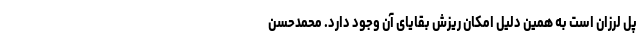
پل لرزان است به همین دلیل امکان ریزش بقایای آن وجود دارد. محمدحسن